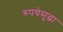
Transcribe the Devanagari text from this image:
रुपयेसुद्धा